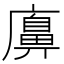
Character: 𢋛